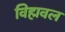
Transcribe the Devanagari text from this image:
विह्मवल